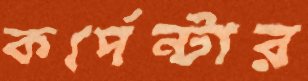
কর্পেন্টার